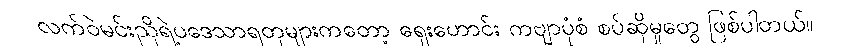
လက်ဝဲမင်းညိုရဲ့ပဒေသာရတုများကတော့ ရှေးဟောင်း ကဗျာပုံစံ စပ်ဆိုမှုတွေ ဖြစ်ပါတယ်။